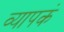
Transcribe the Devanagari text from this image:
व्यापकं